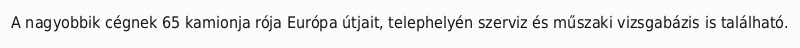
A nagyobbik cégnek 65 kamionja rója Európa útjait, telephelyén szerviz és műszaki vizsgabázis is található.